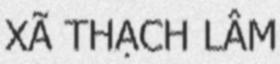
XÃ THẠCH LÂM